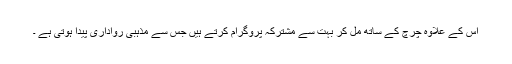
اس کے علاوہ چرچ کے ساتھ مل کر بہت سے مشترکہ پروگرام کرتے ہیں جس سے مذہبی رواداری پیدا ہوتی ہے ۔